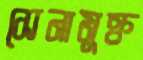
সেনামুক্ত